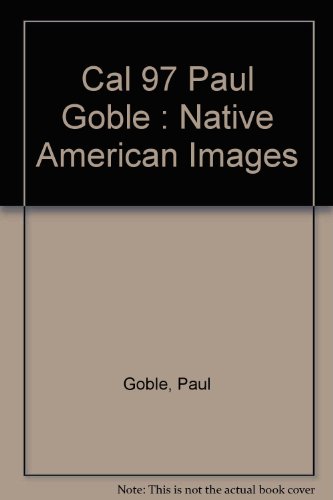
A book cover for Cal 97 Paul Goble : Native American Images; Paul Goble; Calendars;